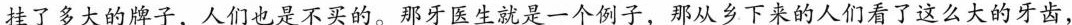
挂了多大的牌子，人们也是不去买。那牙医生就是一个例子，那从乡下来的人们看了这么大的牙齿，